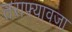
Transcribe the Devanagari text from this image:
तराफ्यावजा